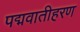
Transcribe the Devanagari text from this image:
पद्मवातीहरण